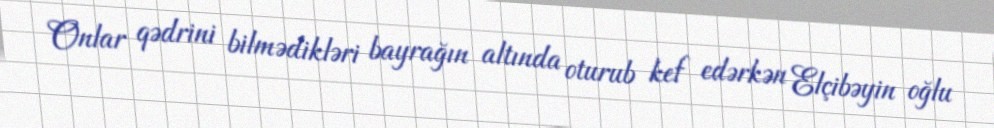
Onlar qədrini bilmədikləri bayrağın altında oturub kef edərkən Elçibəyin oğlu